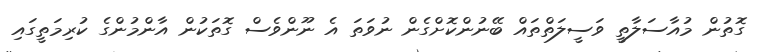
ގޮތުން މުއާސަލާތީ ވަސީލަތްތައް ބޭނުންކޮށްގެން ނުވަތަ އެ ނޫންވެސް ގޮތަކުން އާންމުންގެ ކުރިމަތީގައި